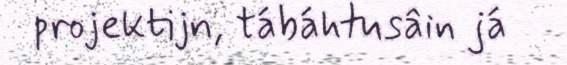
projektijn, tábáhtusâin já